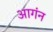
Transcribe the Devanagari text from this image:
आगंन